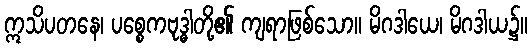
ဣသိပတနေ၊ ပစ္စေကဗုဒ္ဓါတို့၏ ကျရာဖြစ်သော။ မိဂဒါယေ၊ မိဂဒါယ၌။